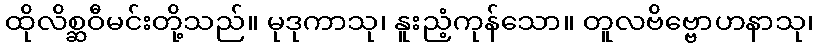
ထိုလိစ္ဆဝီမင်းတို့သည်။ မုဒုကာသု၊ နူးညံ့ကုန်သော။ တူလဗိဗ္ဗောဟနာသု၊